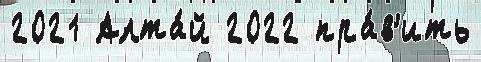
2021 Алта́й 2022 пра́в'ить